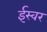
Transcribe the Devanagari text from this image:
ईस्वर